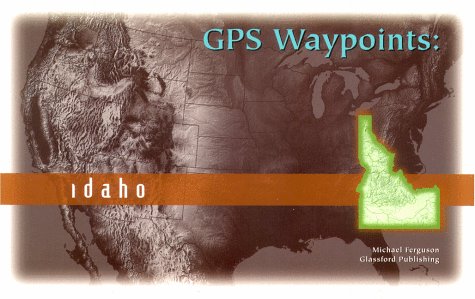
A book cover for GPS Waypoints: Idaho; Fersoun Michael; Travel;